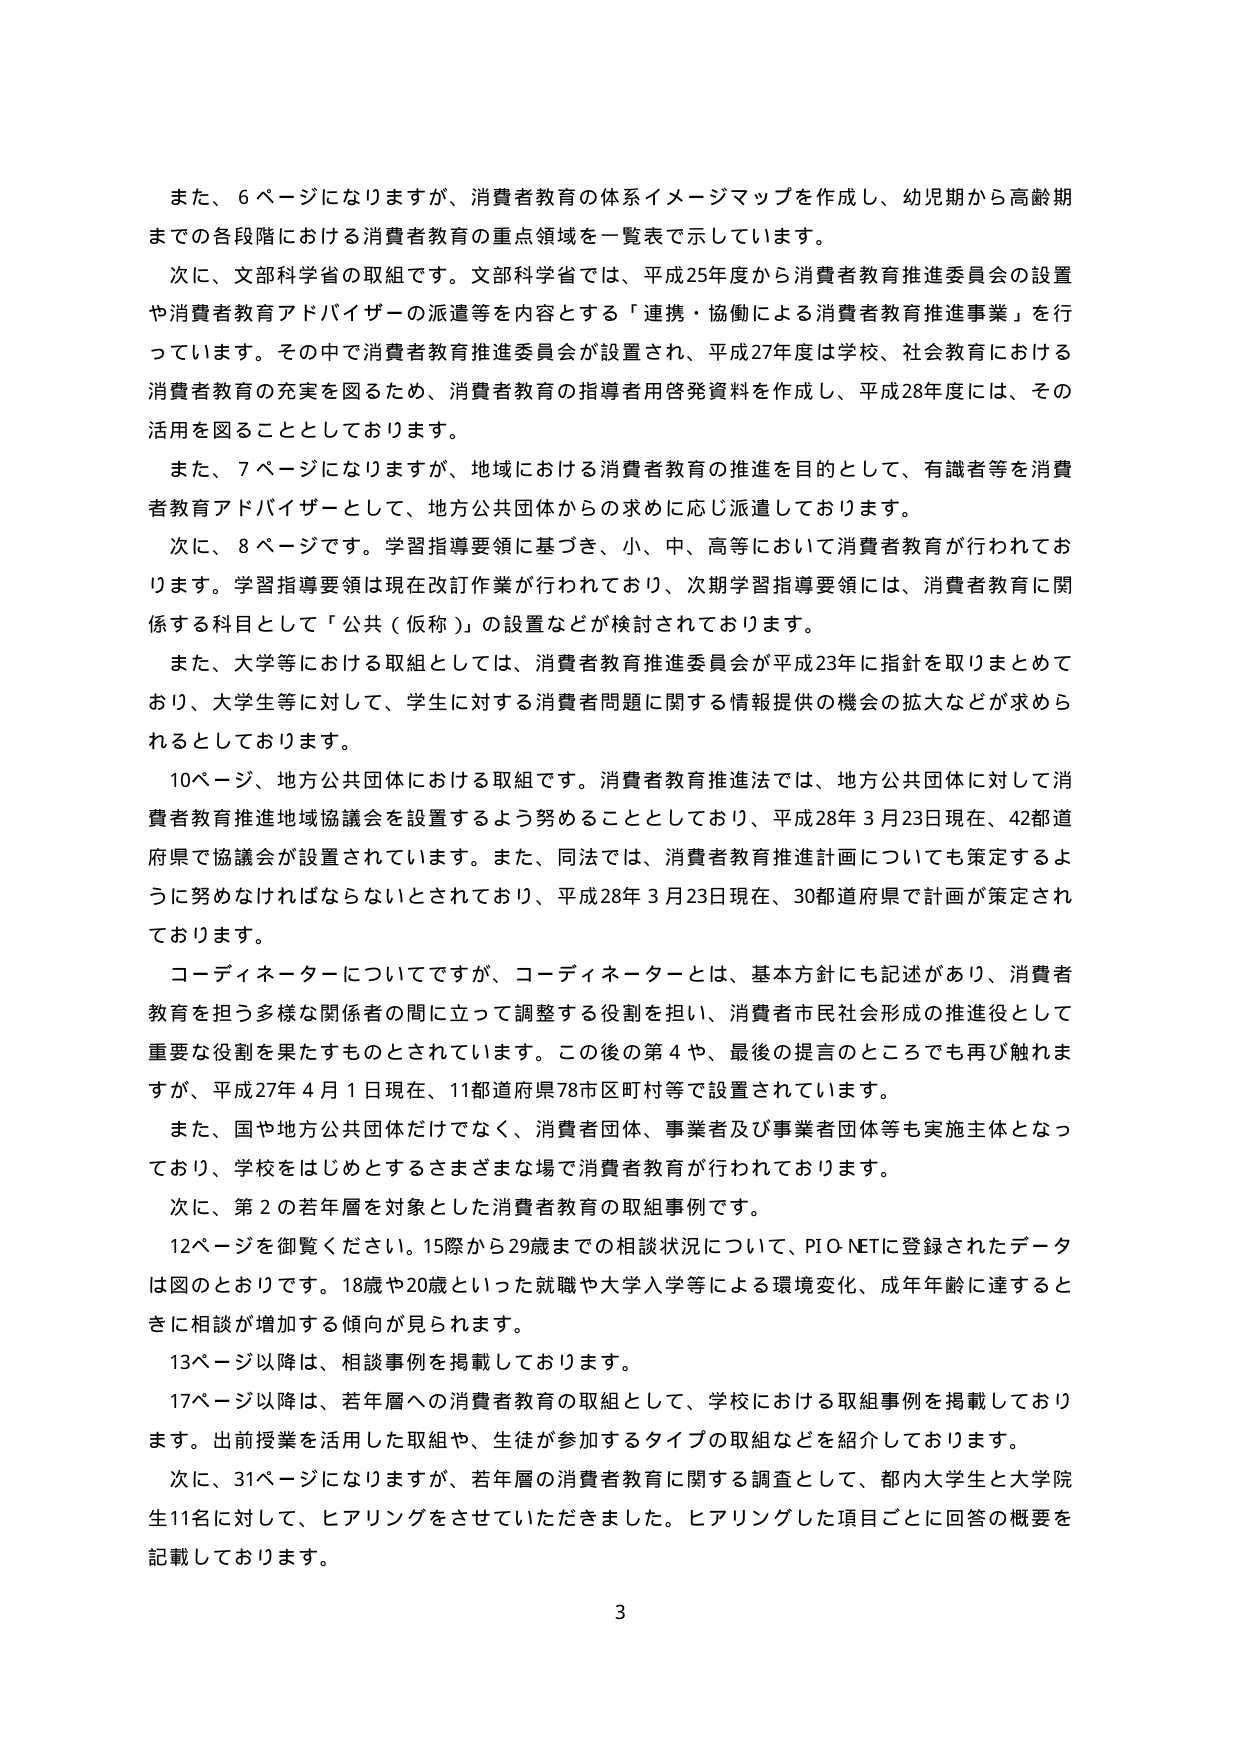
また、6ページになりますが、消費者教育の体系イメージマップを作成し、幼児期から高齢期まででの各段階における消費者教育の重点領域を一覧表で示しています。

次に、文部科学省の取組です。文部科学省では、平成25年度から消費者教育推進委員会の設置や消費者教育アドバイザーの派遣等を内容とする「連携・協働による消費者教育推進事業」を行っています。その中で消費者教育推進委員会が設置され、平成27年度は学校、社会教育における消費者教育の充実を図るため、消費者教育の指導者用啓発資料を作成し、平成28年度には、その活用を図ることとしております。

また、7ページになりますが、地域における消費者教育の推進を目的として、有識者等を消費者教育アドバイザーとして、地方公共団体からの求めに応じ派遣しております。

次に、8ページです。学習指導要領に基づき、小、中、高等において消費者教育が行われております。学習指導要領は現在改訂作業が行われており、次期学習指導要領には、消費者教育に関係する科目として「公共（仮称）」の設置などが検討されております。

また、大学等における取組としては、消費者教育推進委員会が平成23年に指針を取りまとめており、大学生等に対して、学生に対する消費者問題に関する情報提供の機会の拡大などが求められております。

10ページ、地方公共団体における取組です。消費者教育推進法では、地方公共団体に対して消費者教育推進地域協議会を設置するよう努めることとしており、平成28年3月23日現在、42都道府県で協議会が設置されています。また、同法では、消費者教育推進計画についても策定するように努めなければならないとされており、平成28年3月23日現在、30都道府県で計画が策定されております。

コーディネーターについてですが、コーディネーターとは、基本方針にも記述があり、消費者教育を担う多様な関係者の間に立って調整する役割を担い、消費者市民社会形成の推進役として重要な役割を果たすものとされています。この後の第4や、最後の提言のところでも再び触れますが、平成27年4月1日現在、11都道府県78市区町村等で設置されています。

また、国や地方公共団体だけでなく、消費者団体、事業者及び事業者団体等も実施主体となっており、学校をはじめとするさまざまな場で消費者教育が行われております。

次に、第2の若年層を対象とした消費者教育の取組事例です。

12ページを御覧ください。15歳から29歳までの相談状況について、PIO-NETに登録されたデータは図のとおりです。18歳や20歳といった就職や大学入学等による環境変化、成年齢に達するときに相談が増加する傾向が見られます。

13ページ以降は、相談事例を掲載しております。

17ページ以降は、若年層への消費者教育の取組として、学校における取組事例を掲載しております。出前授業を活用した取組や、生徒が参加するタイプの取組などを紹介しております。

次に、31ページになりますが、若年層の消費者教育に関する調査として、都内大学生と大学院生11名に対して、ヒアリングをさせていただきました。ヒアリングした項目ごとに回答の概要を記載しております。

3